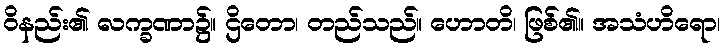
ဝိနည်း၏ လက္ခဏာ၌။ ဌိတော၊ တည်သည်။ ဟောတိ၊ ဖြစ်၏။ အသံဟိရော၊